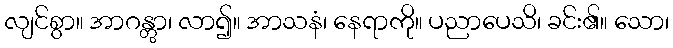
လျင်စွာ။ အာဂန္တွာ၊ လာ၍။ အာသနံ၊ နေရာကို။ ပညာပေသိ၊ ခင်း၏။ သော၊